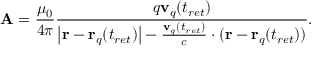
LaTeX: \mathbf { A } = { \frac { \mu _ { 0 } } { 4 \pi } } { \frac { q \mathbf { v } _ { q } ( t _ { r e t } ) } { \left| \mathbf { r } - \mathbf { r } _ { q } ( t _ { r e t } ) \right| - { \frac { \mathbf { v } _ { q } ( t _ { r e t } ) } { c } } \cdot ( \mathbf { r } - \mathbf { r } _ { q } ( t _ { r e t } ) ) } } .